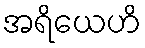
အရိယေဟိ